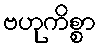
ဗဟုကိစ္စာ